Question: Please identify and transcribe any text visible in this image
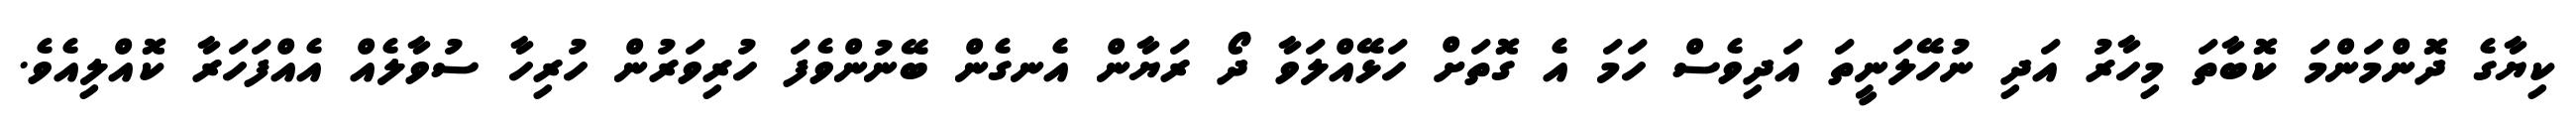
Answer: ކިޔާގެ ދޮންމަންމަ ކޮބާތަ މިހާރު އަދި ނުހޭލަނީތަ އަދިވެސް ހަމަ އެ ގޮތަށް ހަޅޭއްލަވާ ދޯ ރަޔާން އެނގެން ބޭނުންވެފަ ހުރިވަރުން ހުރިހާ ސުވާލެއް އެއްފަހަރާ ކޮއްލިއެވެ.